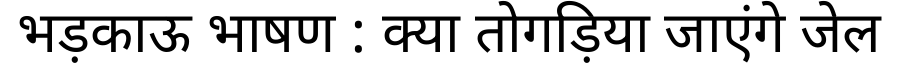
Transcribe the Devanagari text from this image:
भड़काऊ भाषण : क्या तोगड़िया जाएंगे जेल